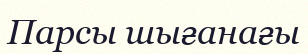
Парсы шығанағы